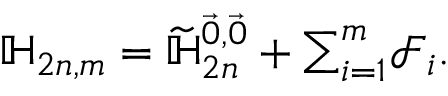
\mathbb { H } _ { 2 n , m } = \widetilde { \mathbb { H } } _ { 2 n } ^ { \vec { 0 } , \vec { 0 } } + \textstyle { \sum _ { i = 1 } ^ { m } } \mathcal { F } _ { i } .